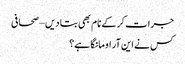
جرات کر کے نام بھی بتا دیں – صحافی
کس نے این آر او مانگا ہے؟